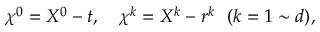
\chi ^ { 0 } = X ^ { 0 } - t , ~ ~ ~ \chi ^ { k } = X ^ { k } - r ^ { k } ~ ~ ( k = 1 \sim d ) ,